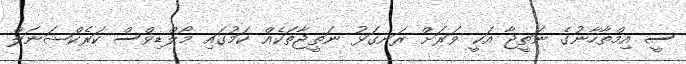
ސީ އިމްތާހާނުގެ ނަތީޖާ އަކީ ވަރަށް ރަނގަޅު ނަތީޖާތަކެއް ކަމުގައި މޯލްޑިވްސް ކަރެކްޝަނަލް